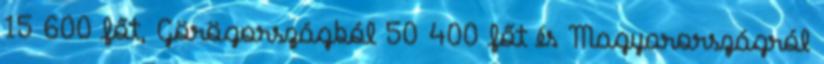
15 600 főt, Görögországból 50 400 főt és Magyarországról